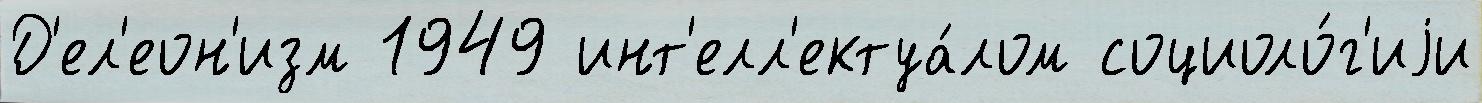
Д'ел'еон'изм 1949 инт'елл'ектуа́лом социоло́г'иjи